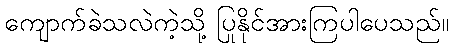
ကျောက်ခဲသလဲကဲ့သို့ ပြုနိုင်အားကြပါပေသည်။